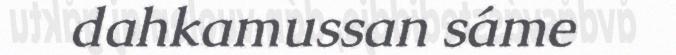
dahkamussan sáme